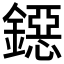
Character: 鐚